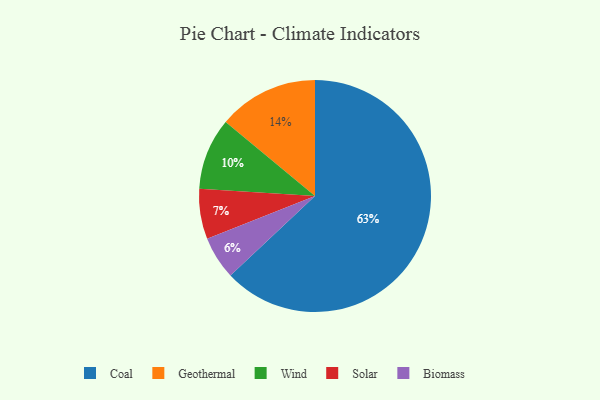
{"axis": {"x": "Category", "y": "Percentage"}, "legend": ["Biomass", "Coal", "Geothermal", "Solar", "Wind"], "data": [{"x": "Solar", "y": 7, "type": "Solar"}, {"x": "Wind", "y": 10, "type": "Wind"}, {"x": "Coal", "y": 63, "type": "Coal"}, {"x": "Biomass", "y": 6, "type": "Biomass"}, {"x": "Geothermal", "y": 14, "type": "Geothermal"}]}